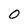
Character: O